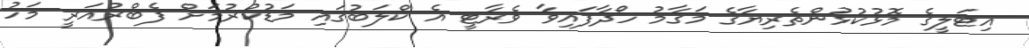
އިޓަލީގެ މޮޅުކުޅުންތެރިޔާގެ މަގާމު ހޯދާފައިވާ ވެރާޓީ އެ ކްލަބުގައި މަޑުކުރުމަށް ފެބްރުއަރީ މަހު